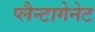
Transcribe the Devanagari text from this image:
प्लैन्टागेनेट